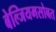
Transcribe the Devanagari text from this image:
बेल्जियमसोबत